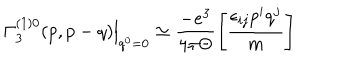
\left. \Gamma _ { 3 } ^ { ( 1 ) 0 } ( p , p - q ) \right| _ { q ^ { 0 } = 0 } \simeq \frac { - e ^ { 3 } } { 4 \pi \Theta } \left[ \frac { \epsilon _ { i j } p ^ { i } q ^ { j } } m \right]